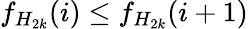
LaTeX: f_{H_{2k}}(i)\le f_{H_{2k}}(i+1)